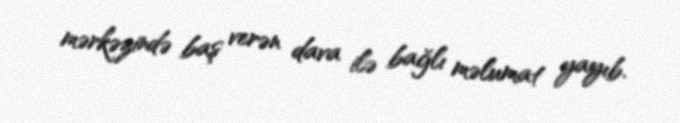
mərkəzində baş verən dava ilə bağlı məlumat yayıb.